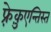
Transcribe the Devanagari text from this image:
फ़्रेक़ुएन्तिस्त